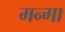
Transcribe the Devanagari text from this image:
मन्गा